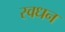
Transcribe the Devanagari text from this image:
स्वधन